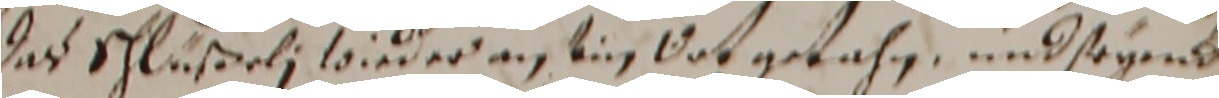
das Schlüßrli wieder an ein got getahn und seyend